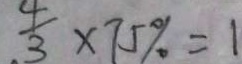
\frac { 4 } { 3 } \times 7 5 \% = 1